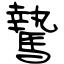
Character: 騺